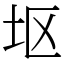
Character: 𫭟